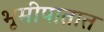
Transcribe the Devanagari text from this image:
भूमीपातात